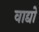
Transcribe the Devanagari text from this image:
वाद्यो